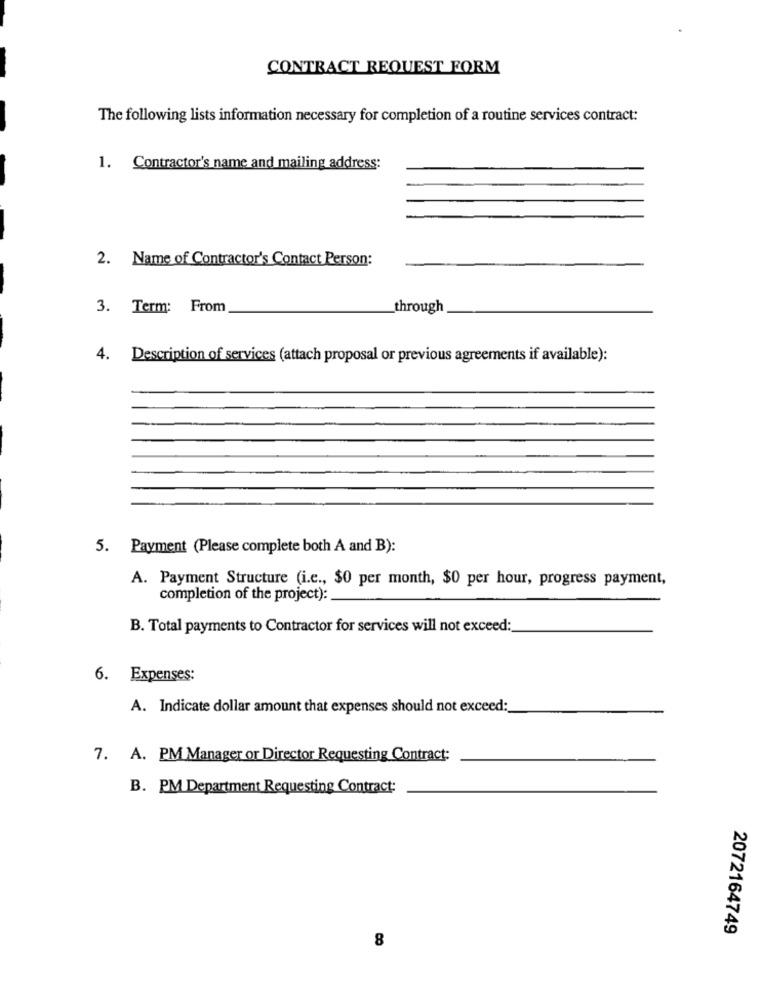
CONTRACT REQUEST FORM
The following lists information necessary for completion of a routine services contract:
1. Contractor's name and mailing address:
2. Name of Contractor's Contact Person:
3. Term: From
through
4. Description of services (attach proposal or previous agreements if available):
5. Payment (Please complete both A and B):
A. Payment Structure (i.e ., $0 per month, $0 per hour, progress payment,
completion of the project):
B. Total payments to Contractor for services will not exceed:
6. Expenses:
A. Indicate dollar amount that expenses should not exceed:
7. A. PM Manager or Director Requesting Contract:
B. PM Department Requesting Contract:
2072164749
8